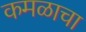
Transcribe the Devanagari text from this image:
कमळाचा